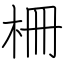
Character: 柵